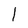
Character: 1